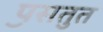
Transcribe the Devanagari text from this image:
पॖसतुत